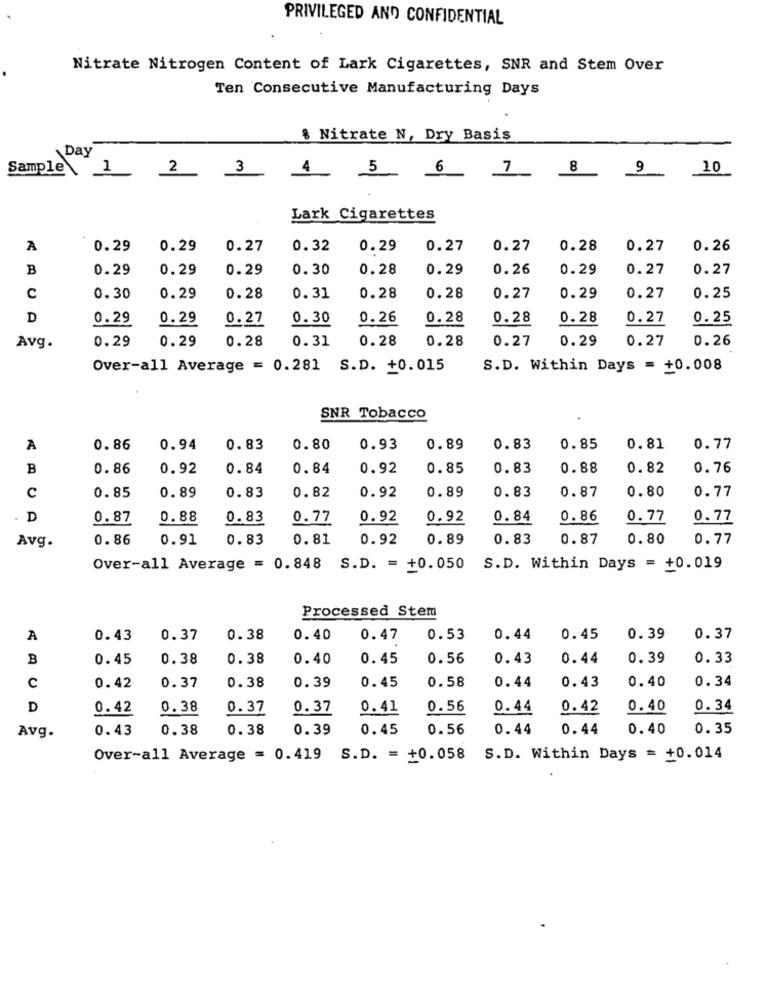
PRIVILEGED AND CONFIDENTIAL
Nitrate Nitrogen Content of Lark Cigarettes, SNR and Stem Over
Ten Consecutive Manufacturing Days
§ Nitrate N, Dry Basis
Day
Sample\ 1
2
3
4
5
6
7
8
9
10
Lark Cigarettes
A
0.29
0.29
0.27
0.32
0.29
0.27
0.27
0.28
0.27
0.26
B
0.29
0.29
0.29
0.30
0.28
0.29
0.26
0.29
0.27
0.27
C
0.30
0.29
0.28
0.31
0.28
0.28
0.27
0.29
0.27
0.25
D
0.29
0.29
0.27
0.30
0.26
0.28
0.28
0.28
0.27
0.25
0.29
0.29
0.28
0.31
0.28
0.28
0.27
0.29
0.27
0.26
Avg.
Over-all Average = 0.281 S.D. +0.015
S.D. Within Days = +0.008
SNR Tobacco
A
0.86
0.94
0.83
0.80
0.93
0.89
0.83
0.85
0.81
0.77
B
0.86
0.92
0.84
0.84
0.92
0.85
0.83
0.88
0.82
0.76
C
0.92
0.87
0.77
0.85
0.89
0.83
0.82
0.89
0.83
0.80
. D
0.87
0.88
0.83
0.77
0.92
0.92
0.84
0.86
0.77
0.77
Avg.
0.86
0.91
0.83
0.81
0.92
0.89
0.83
0.87
0.80
0.77
Over-all Average = 0.848 S.D. = +0.050
S.D. Within Days = +0.019
Processed Stem
A
0.43
0.37
0.38
0.40
0.47
0.53
0.44
0.45
0.39
0.37
B
0.45
0.38
0.38
0.40
0.45
0.56
0.43
0.44
0.39
0.33
0.38
0.39
0.45
0.58
0.44
0.43
0.40
0.34
c
0.42
0.37
D
0.42
0.38
0.37
0.37
0.41
0.56
0.44
0.42
0.40
0.34
Avg.
0.43
0.38
0.38
0.39
0.45
0.56
0.44
0. 44
0.40
0.35
Over-all Average = 0.419 S.D. = +0.058
S.D. Within Days = +0.014